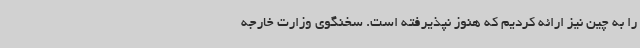
را به چین نیز ارائه کردیم که هنوز نپذیرفته است. سخنگوی وزارت خارجه